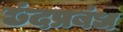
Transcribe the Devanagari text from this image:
छंदप्रबंध